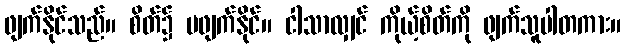
ဖျက်နိုင်သည်။ စိတ်၌ မဖျက်နိုင်။ ငါသာလျှင် ကိုယ့်စိတ်ကို ဖျက်သူပါတကား။